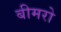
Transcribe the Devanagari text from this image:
बीमरो